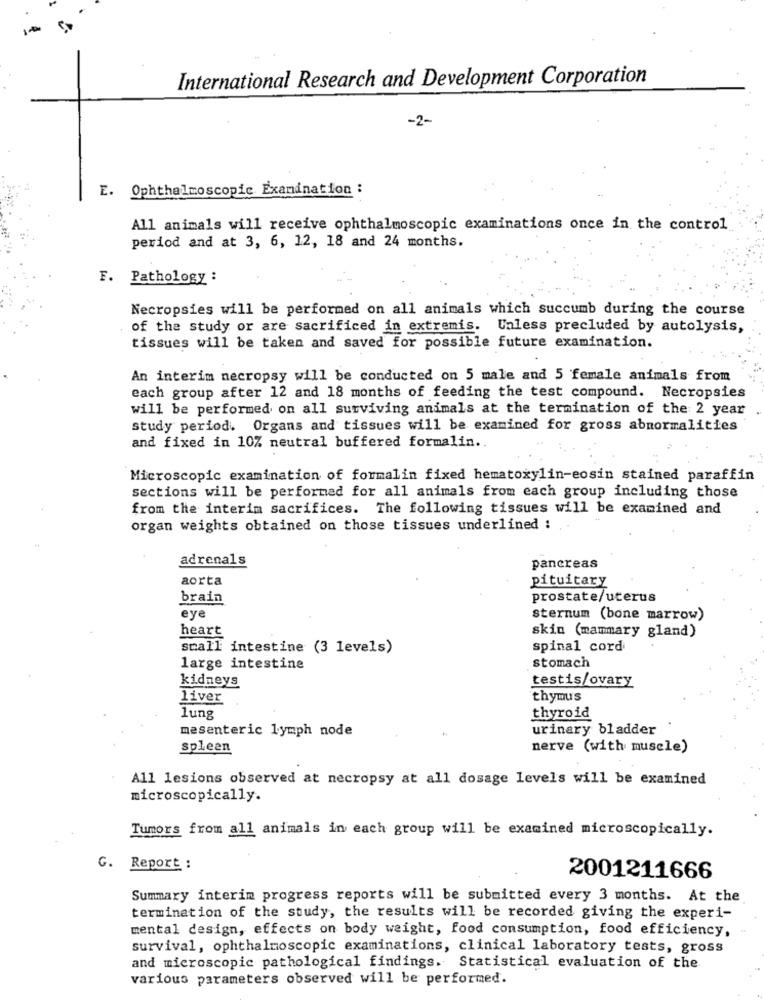
International Research and Development Corporation
-2-
E. Ophthalmoscopic Examination :
All animals will receive ophthalmoscopic examinations once in the control
period and at 3, 6, 12, 18 and 24 months.
F. Pathology :
Necropsies will be performed on all animals which succumb during the course
of the study or are sacrificed in extremis. Unless precluded by autolysis,
tissues will be taken and saved for possible future examination.
An interim necropsy will be conducted on 5 male and 5 female animals from
each group after 12 and 18 months of feeding the test compound. Necropsies
will be performed on all surviving animals at the termination of the 2 year
study period. Organs and tissues will be examined for gross abnormalities
and fixed in 10% neutral buffered formalin ..
Microscopic examination of formalin fixed hematożylin-eosin stained paraffin
sections will be performed for all animals from each group including those
from the interim sacrifices. The following tissues will be examined and
organ weights obtained on those tissues underlined :
adrenals
pancreas
aorta
pituitary
brain
prostate/uterus
eye
sternum (bone marrow)
heart
skin (mammary gland)
small intestine (3 levels)
spinal cord
large intestine
stomach
kidneys
testis/ovary
liver
thymus
thyroid
lung
mesenteric lymph node
urinary bladder
.
spleen
nerve (with muscle)
All lesions observed at necropsy at all dosage levels will be examined
microscopically.
Tumors from all animals in each group will be examined microscopically.
G. Report :
2001211666
Summary interim progress reports will be submitted every 3 months. At the
termination of the study, the results will be recorded giving the experi-
mental design, effects on body weight, food consumption, food efficiency,
survival, ophthalmoscopic examinations, clinical laboratory tests, gross
and microscopic pathological findings. Statistical evaluation of the
various parameters observed will be performed.